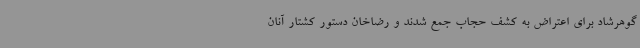
گوهرشاد برای اعتراض به کشف حجاب جمع شدند و رضاخان دستور کشتار آنان